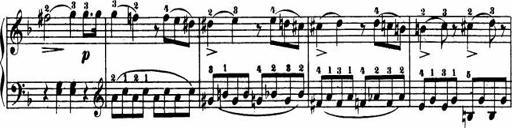
Title: Le bouquetier
Composer: Anton Diabelli
Key: G major
 C major
 F major
 C major